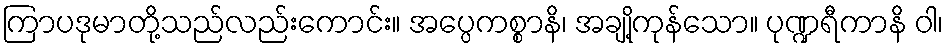
ကြာပဒုမာတို့သည်လည်းကောင်း။ အပ္ပေကစ္စာနိ၊ အချို့ကုန်သော။ ပုဏ္ဍရီကာနိ ဝါ၊